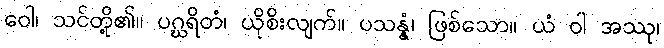
ဝေါ၊ သင်တို့၏။ ပဂ္ဃရိတံ၊ ယိုစိးလျက်။ ပသန္နံ၊ ဖြစ်သော။ ယံ ဝါ အဿု၊